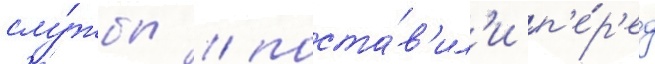
слу́жбы / поста́в'ил'и п'е́р'ед